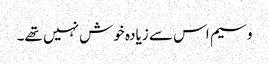
وسیم اس سے زیادہ خوش نہیں تھے۔